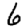
Digit: 6